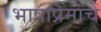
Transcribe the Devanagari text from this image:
भाषाप्रेमाचे